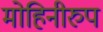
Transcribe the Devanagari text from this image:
मोहिनीरुप